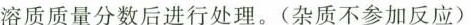
溶质质量分数后进行处理。(杂质不参加反应)